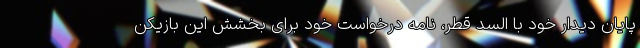
پایان دیدار خود با السد قطر، نامه درخواست خود برای بخشش این بازیکن